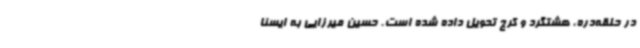
در حلقه‌دره، هشتگرد و کرج تحویل داده شده است. حسین میرزایی به ایسنا